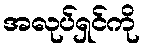
အလုပ်ရှင်ကို